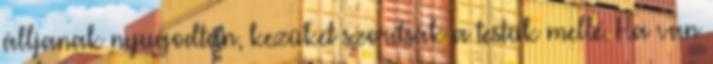
álljanak nyugodtan, kezüket szorítsák a testük mellé. Ha van